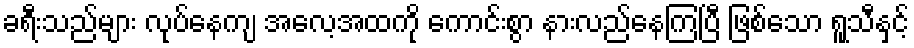
ခရီးသည်များ လုပ်နေကျ အလေ့အထကို ကောင်းစွာ နားလည်နေကြပြီ ဖြစ်သော ရူသီနှင့်